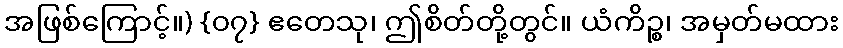
အဖြစ်ကြောင့်။) {၀၇} ဧတေသု၊ ဤစိတ်တို့တွင်။ ယံကိဉ္စ၊ အမှတ်မထား